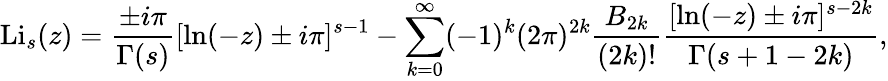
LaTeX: \operatorname{Li}_{s}(z)={\frac{\pm i\pi}{\Gamma(s)}}[\ln(-z)\pm i\pi]^{s-1}-\sum_{k=0}^{\infty}(-1)^{k}(2\pi)^{2k}{\frac{B_{2k}}{(2k)!}}{\frac{[\ln(-z)\pm i\pi]^{s-2k}}{\Gamma(s+1-2k)}},